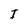
Character: I